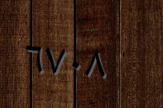
٦٧٠٨